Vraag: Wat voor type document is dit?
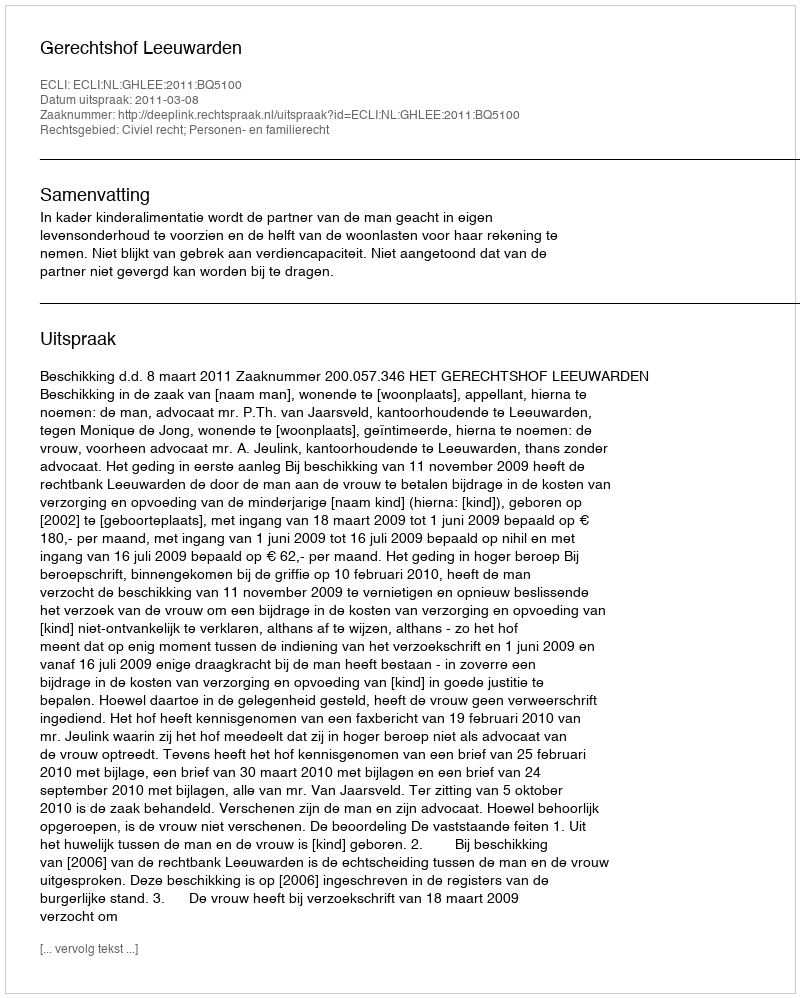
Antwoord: Uitspraak